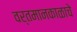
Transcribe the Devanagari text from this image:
वर्तमानकाळाचे